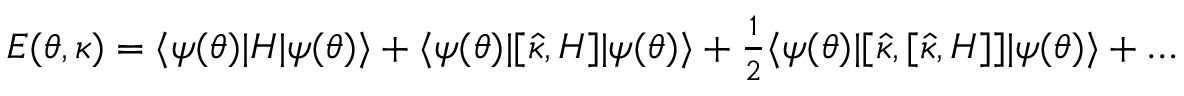
\begin{array} { r } { E ( { \boldsymbol { \theta } } , { \boldsymbol { \kappa } } ) = \ensuremath { \langle { \psi ( { \boldsymbol { \theta } } ) } \rvert } H \ensuremath { \lvert { \psi ( { \boldsymbol { \theta } } ) } \rangle } + \ensuremath { \langle { \psi ( { \boldsymbol { \theta } } ) } \rvert } [ \hat { \kappa } , H ] \ensuremath { \lvert { \psi ( { \boldsymbol { \theta } } ) } \rangle } + \frac { 1 } { 2 } \ensuremath { \langle { \psi ( { \boldsymbol { \theta } } ) } \rvert } [ \hat { \kappa } , [ \hat { \kappa } , H ] ] \ensuremath { \lvert { \psi ( { \boldsymbol { \theta } } ) } \rangle } + \dots } \end{array}